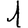
Digit: 1